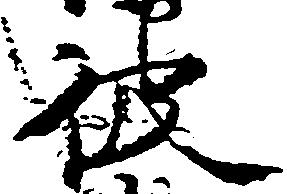
彼